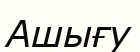
Ашығу